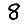
Digit: 8